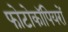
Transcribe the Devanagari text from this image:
फोटोकॉपियरों